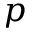
p